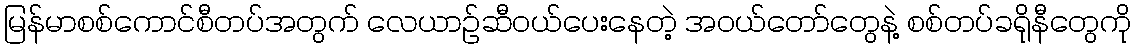
မြန်မာစစ်ကောင်စီတပ်အတွက် လေယာဉ်ဆီဝယ်ပေးနေတဲ့ အဝယ်တော်တွေနဲ့ စစ်တပ်ခရိုနီတွေကို